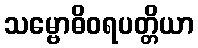
သမ္ဗောဓိဝရပတ္တိယာ